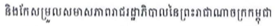
និងកែសម្រួលសមាសភាពរាជរដ្ឋាភិបាលនៃព្រះរាជាណាចក្រកម្ពុជា